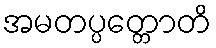
အမတပ္ပတ္တောတိ